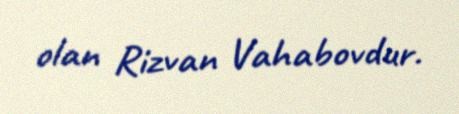
olan Rizvan Vahabovdur.